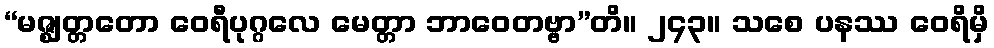
“မဇ္ဈတ္တတော ဝေရီပုဂ္ဂလေ မေတ္တာ ဘာဝေတဗ္ဗာ”တိ။ ၂၄၃။ သစေ ပနဿ ဝေရိမှိ